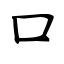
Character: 囗